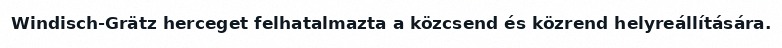
Windisch-Grätz herceget felhatalmazta a közcsend és közrend helyreállítására.